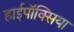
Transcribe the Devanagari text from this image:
हाईपॉक्सिया